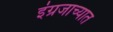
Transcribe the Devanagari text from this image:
इंग्रजाच्यात